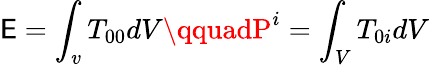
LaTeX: \mathsf{E}=\int_{v}T_{00}dV\qquadP^{i}=\int_{V}T_{0i}dV